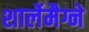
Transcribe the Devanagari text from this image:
शार्लेमैग्ने